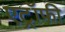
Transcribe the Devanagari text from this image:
एट्रॉफी